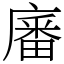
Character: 㢖